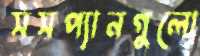
সসপ্যানগুলো